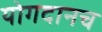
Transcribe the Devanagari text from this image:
योगदानच